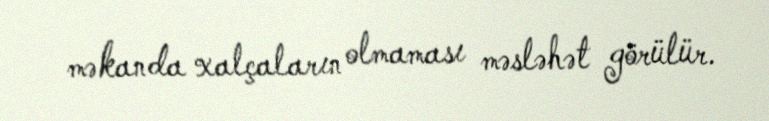
məkanda xalçaların olmaması məsləhət görülür.